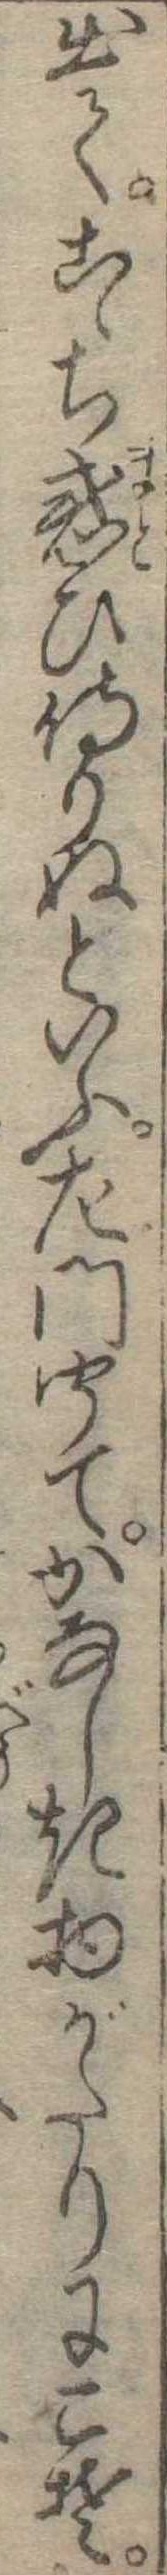
出てこゝち惑ひ侍りぬといふ左門聞てかなしき物がたりにこそ